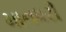
માનધરી